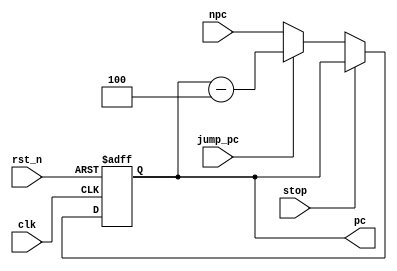
`timescale 1ns / 1ps
//////////////////////////////////////////////////////////////////////////////////
// Company: 
// Engineer: 
// 
// Design Name: 
// Module Name: PC
// Project Name: 
// Target Devices: 
// Tool Versions: 
// Description: 
// 
// Dependencies: 
// 
// Revision:
// Revision 0.01 - File Created
// Additional Comments:
// 
//////////////////////////////////////////////////////////////////////////////////


module PC(
    input clk,
    input rst_n,
    input stop,
    input jump_pc,
    input [31:0] npc,
    output reg [31:0] pc
    );
    
    always @(posedge clk or negedge rst_n) begin
        if(rst_n == 1'b0)
            pc <= 32'h00000000;
        else if(stop)
            pc <= pc;
        else if(jump_pc)
            pc <= pc - 32'h00000004;
        else
            pc <= npc;
    end
    
    
endmodule